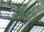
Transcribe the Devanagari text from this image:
अंखफोङ